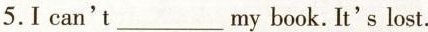
5.I can't___my book. It's lost.